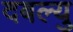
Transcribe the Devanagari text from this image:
दबल्यु